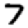
Digit: 7